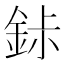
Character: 𬫐